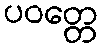
ပဝတ္တေ